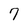
Character: 7